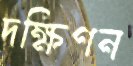
দক্ষিণন